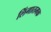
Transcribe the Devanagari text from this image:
लिंगातमक